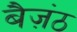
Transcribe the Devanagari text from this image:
बैज़ंठ